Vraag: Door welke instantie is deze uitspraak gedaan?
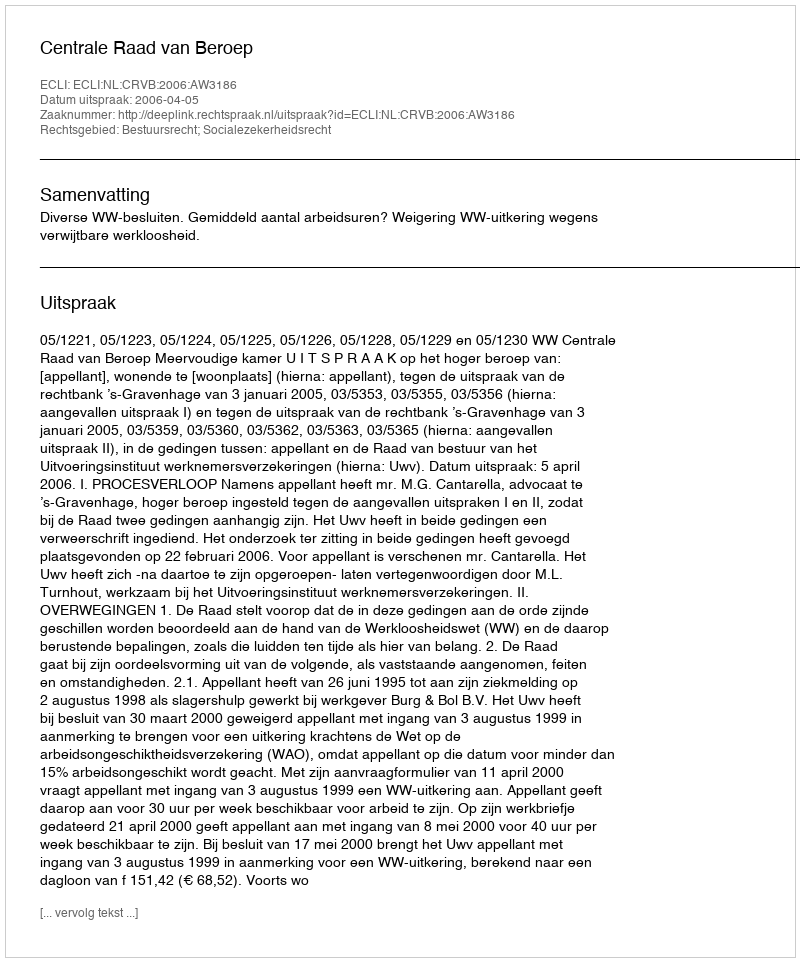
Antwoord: Centrale Raad van Beroep